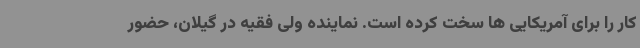
کار را برای آمریکایی ها سخت کرده است. نماینده ولی فقیه در گیلان، حضور